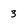
Character: 3